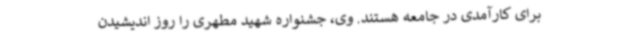
برای کارآمدی در جامعه هستند. وی، جشنواره شهید مطهری را روز اندیشیدن